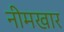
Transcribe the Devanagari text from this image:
नीमखार